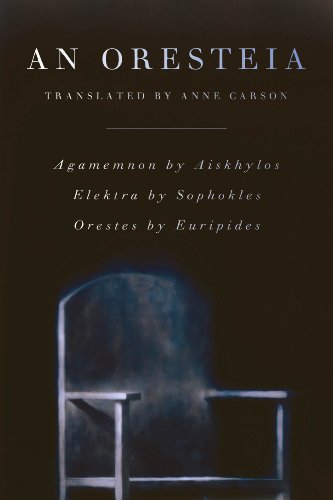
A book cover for An Oresteia: Agamemnon by Aiskhylos; Elektra by Sophokles; Orestes by Euripides; Aeschylus; Literature & Fiction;